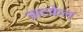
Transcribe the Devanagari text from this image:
त्राटकेल